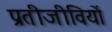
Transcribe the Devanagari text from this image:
प्रतीजीवियों